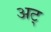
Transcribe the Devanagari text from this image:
अट्